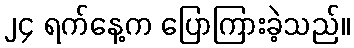
၂၄ ရက်နေ့က ပြောကြားခဲ့သည်။